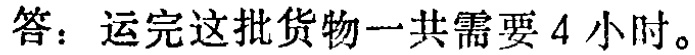
答：运完这批货物一共需要 4 小时。